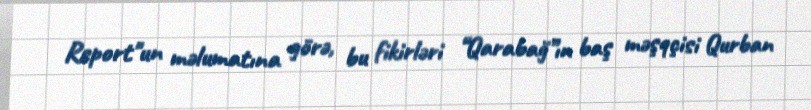
Report"un məlumatına görə, bu fikirləri “Qarabağ”ın baş məşqçisi Qurban